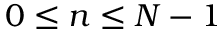
0 \leq n \leq N - 1